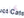
كنت